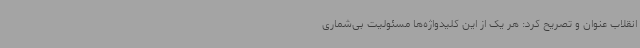
انقلاب عنوان و تصریح کرد: هر یک از این کلیدواژه‌ها مسئولیت بی‌شماری